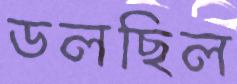
ডলছিল